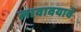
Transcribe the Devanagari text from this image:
लावावयावे